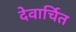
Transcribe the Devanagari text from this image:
देवार्चित